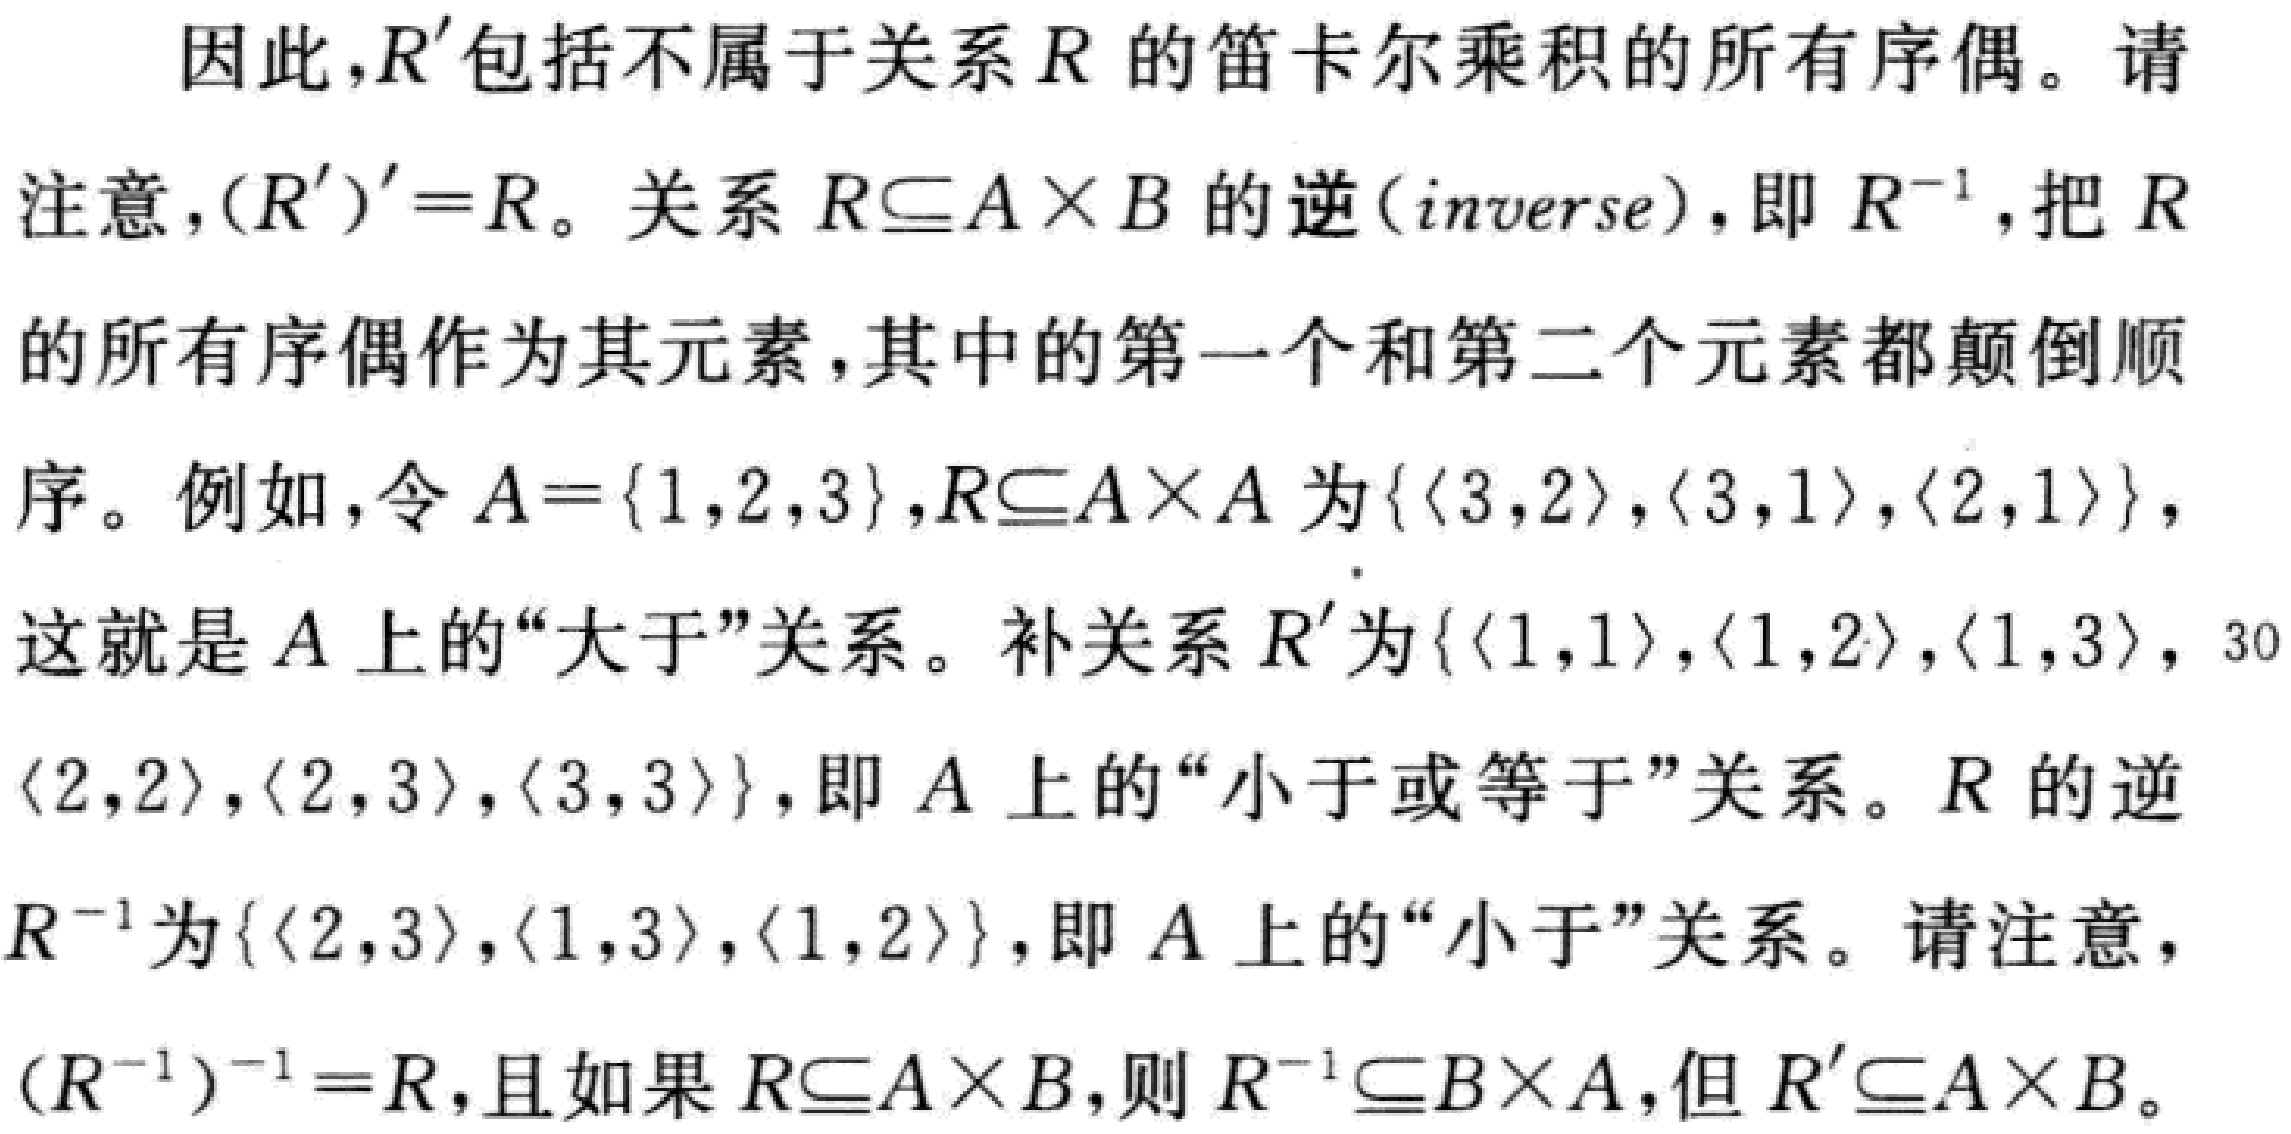
因此，\(R'\)包括不属于关系\(R\)的笛卡尔乘积的所有序偶。请注意，\((R')' = R\)。关系\(R\subseteq A\times B\)的逆（inverse），即\(R^{-1}\)，把\(R\)的所有序偶作为其元素，其中的第一个和第二个元素都颠倒顺序。例如，令\(A = \{1,2,3\}\)，\(R\subseteq A\times A\)为\(\{\langle 3,2\rangle,\langle 3,1\rangle,\langle 2,1\rangle\}\)，这就是\(A\)上的“大于”关系。补关系\(R'\)为\(\{\langle 1,1\rangle,\langle 1,2\rangle,\langle 1,3\rangle,\langle 2,2\rangle,\langle 2,3\rangle,\langle 3,3\rangle\}\)，即\(A\)上的“小于或等于”关系。\(R\)的逆\(R^{-1}\)为\(\{\langle 2,3\rangle,\langle 1,3\rangle,\langle 1,2\rangle\}\)，即\(A\)上的“小于”关系。请注意，\((R^{-1})^{-1} = R\)，且如果\(R\subseteq A\times B\)，则\(R^{-1}\subseteq B\times A\)，但\(R'\subseteq A\times B\)。